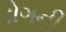
ડોગની